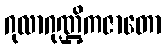
ဂုလာဂုဏ္ဌိကဇာတော